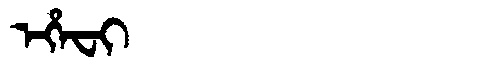
Manchu: ᡝᡥᡝᠸᡳ
Romanization: EHEFI